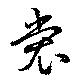
裳